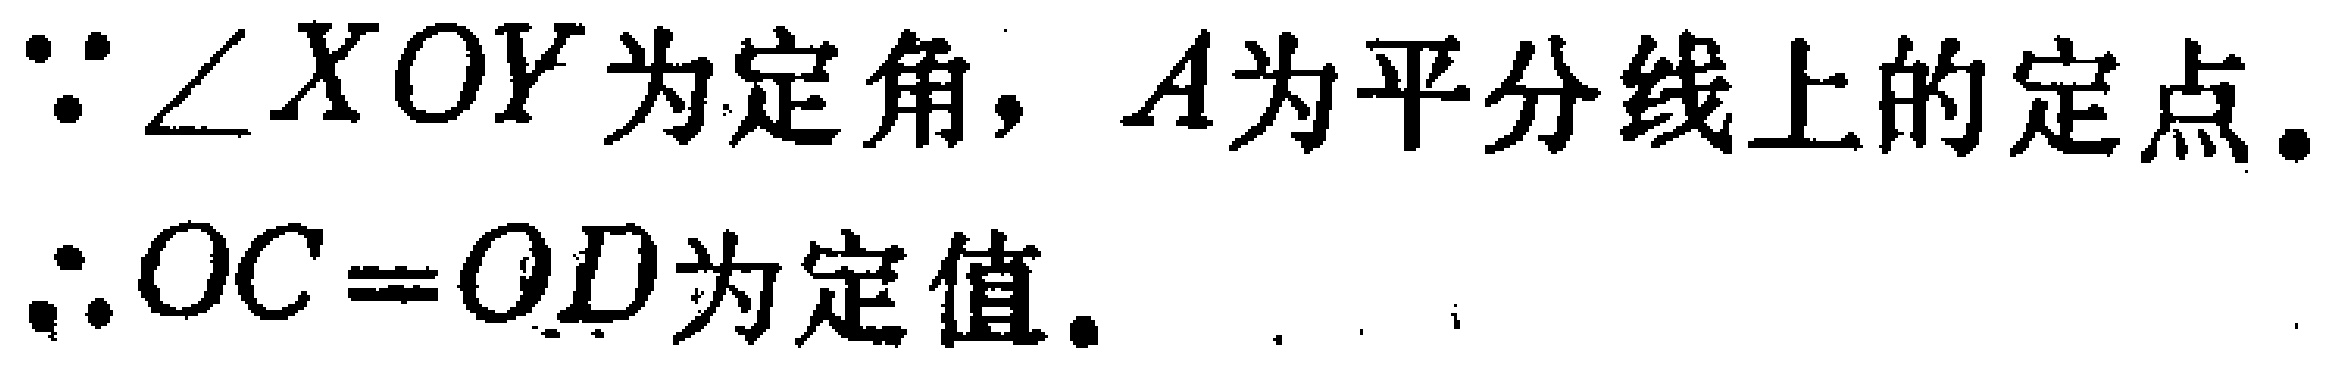
$\because \angle XOY\text{ 为定角}, A\text{ 为平分线上的定点}. \\ \therefore OC = OD\text{ 为定值}.$